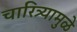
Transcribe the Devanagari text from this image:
चारित्र्यामुळे